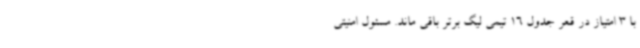
با 3 امتیاز در قعر جدول 16 تیمی لیگ برتر باقی ماند. مسئول امنیتی